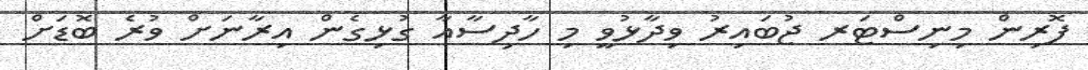
ފޮރިން މިނިސްޓަރ ޖުބައިރު ވިދާޅުވީ މި ހާދިސާއާ ގުޅިގެން އިރާނަށް ވުރެ ބޮޑަށް